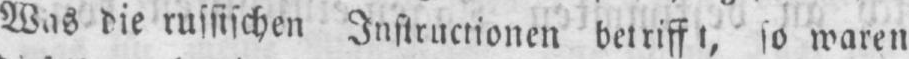
Was die russischen Instructionen betrifft, so waren